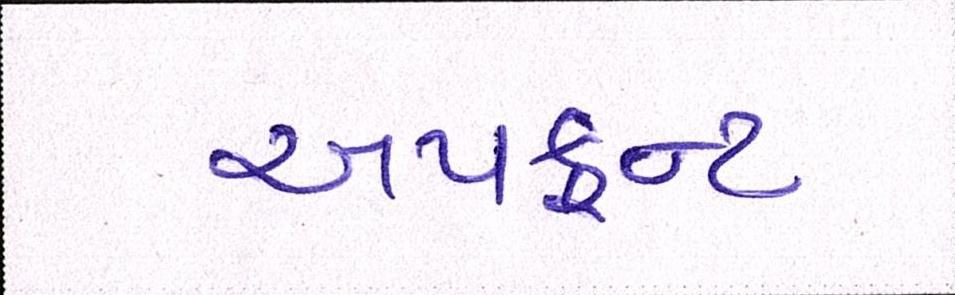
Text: અપફ્રન્ટ